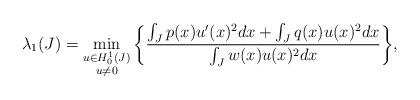
LaTeX: \begin{align*}\lambda_1(J)= \min_{\begin{subarray}{c}u\in H^{1}_0(J)\\ u\neq 0\end{subarray}}\bigg\{\frac{\int_{J} p(x)u'(x)^2 dx+ \int_J q(x) u(x)^2 dx}{\int_{J}w(x)u(x)^2 dx}\bigg\},\end{align*}